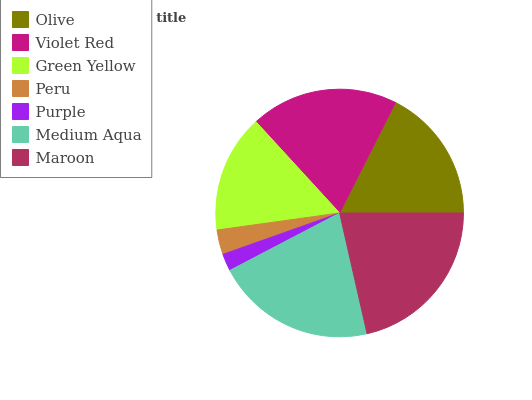
| Olive | Violet Red | Green Yellow | Peru | Purple | Medium Aqua | Maroon |
 | --- | --- | --- | --- | --- | --- | --- |
 | 17.5% | 19.3% | 15.4% | 3.23% | 2.24% | 20.9% | 21.5% |